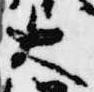
大